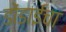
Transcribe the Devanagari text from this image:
डोंडाईचा